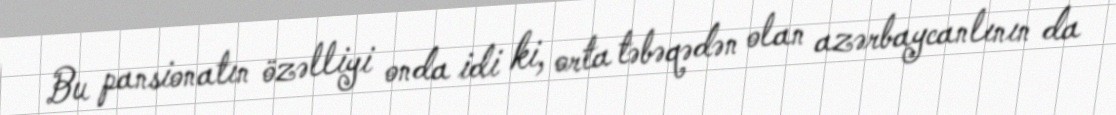
Bu pansionatın özəlliyi onda idi ki, orta təbəqədən olan azərbaycanlının da